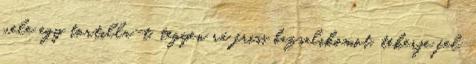
vele egy tortilla-t, tegyen rá friss bazsalikomot, tekerje fel,